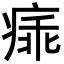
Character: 㾩